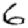
Digit: 6